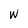
Character: w